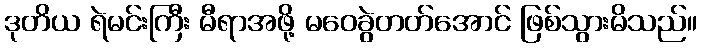
ဒုတိယ ရဲမင်းကြီး မီရာအဖို့ မဝေခွဲတတ်အောင် ဖြစ်သွားမိသည်။